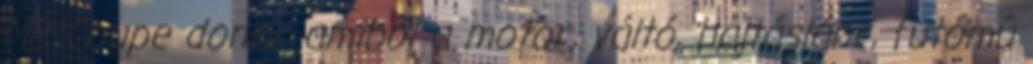
M3 Coupe donor amibõl a motor, váltó, hajtáslánc, futómû